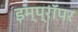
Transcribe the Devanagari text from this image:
इम्प्रॉपर